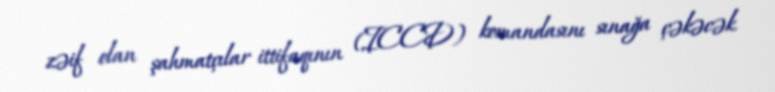
zəif olan şahmatçılar ittifaqının (ICCD) komandasını sınağa çəkəcək.